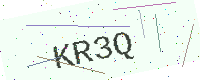
Text: KR3Q